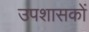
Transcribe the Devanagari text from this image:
उपशासकों